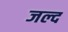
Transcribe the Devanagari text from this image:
जल्द